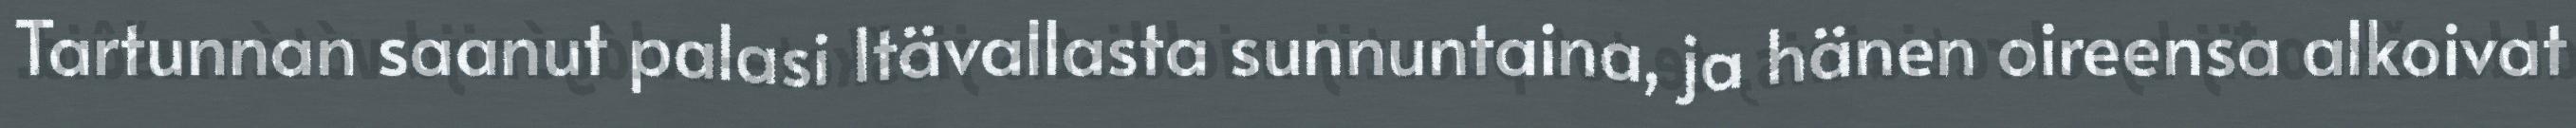
Tartunnan saanut palasi Itävallasta sunnuntaina, ja hänen oireensa alkoivat